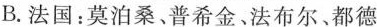
B.法国：莫泊桑、普希金法布尔、都德